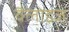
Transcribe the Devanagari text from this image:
वैलोइज़